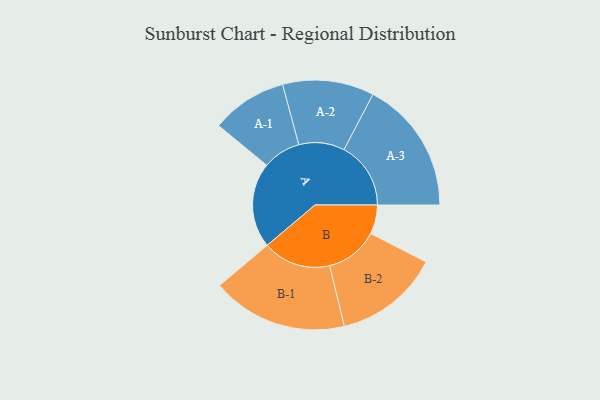
{"axis": {"x": "Segment", "y": "Value"}, "legend": ["", "A", "B"], "data": [{"x": "A", "y": 352, "type": ""}, {"x": "B", "y": 120, "type": ""}, {"x": "A-1", "y": 157, "type": "A"}, {"x": "A-2", "y": 189, "type": "A"}, {"x": "A-3", "y": 276, "type": "A"}, {"x": "B-1", "y": 281, "type": "B"}, {"x": "B-2", "y": 218, "type": "B"}]}